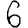
Digit: 6